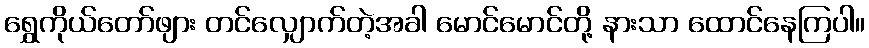
ရွှေကိုယ်တော်ဖျား တင်လျှောက်တဲ့အခါ မောင်မောင်တို့ နားသာ ထောင်နေကြပါ။